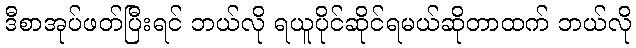
ဒီစာအုပ်ဖတ်ပြီးရင် ဘယ်လို ရယူပိုင်ဆိုင်ရမယ်ဆိုတာထက် ဘယ်လို